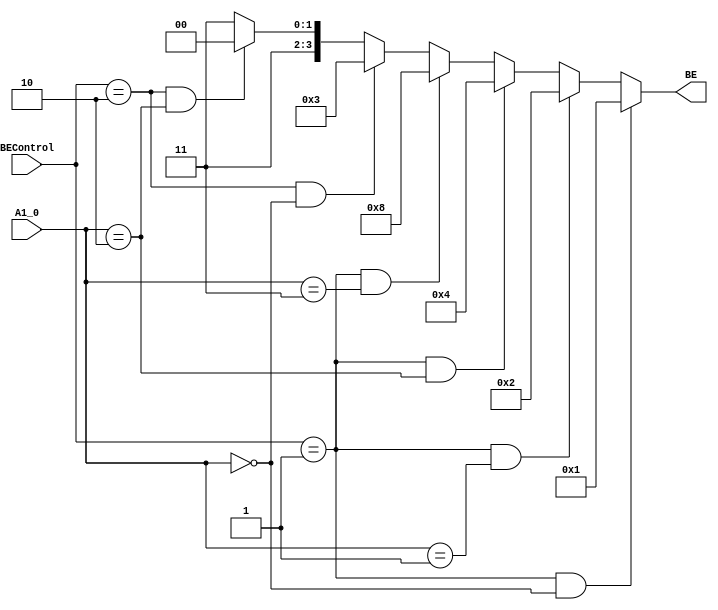
`timescale 1ns / 1ps
//////////////////////////////////////////////////////////////////////////////////
// Company: 
// Engineer: 
// 
// Design Name: 
// Module Name:    Byte_Entry_Unit 
// Project Name: 
// Target Devices: 
// Tool versions: 
// Description: 
//
// Dependencies: 
//
// Revision: 
// Revision 0.01 - File Created
// Additional Comments: 
//
//////////////////////////////////////////////////////////////////////////////////
module Byte_Entry_Unit(
    input [1:0] A1_0,
    input [1:0] BEControl,
    output [3:0] BE
    );
	assign BE = (BEControl==2'b01 && A1_0==2'b00) ? 4'b0001 : // 01: 
					(BEControl==2'b01 && A1_0==2'b01) ? 4'b0010 :
					(BEControl==2'b01 && A1_0==2'b10) ? 4'b0100 :
					(BEControl==2'b01 && A1_0==2'b11) ? 4'b1000 :
					(BEControl==2'b10 && A1_0==2'b00) ? 4'b0011 : // 10: 
					(BEControl==2'b10 && A1_0==2'b10) ? 4'b1100 : 
					4'b1111;
endmodule